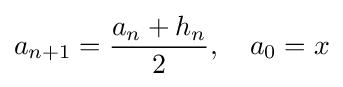
a_{n+1}={\frac {a_{n}+h_{n}}{2}},\quad a_{0}=x